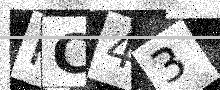
Text: PC43